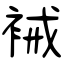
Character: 裓